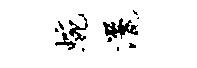
蜿洒